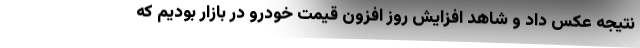
نتیجه عکس داد و شاهد افزایش روز افزون قیمت خودرو در بازار بودیم که